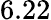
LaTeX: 6.22